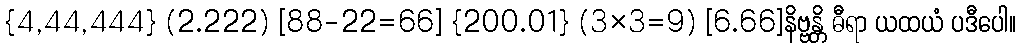
{4,44,444} (2.222) [88-22=66] {200.01} (3×3=9) [6.66]နိဗ္ဗန္တိ ဓီရာ ယထယံ ပဒီပေါ။